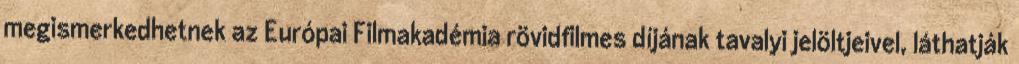
megismerkedhetnek az Európai Filmakadémia rövidfilmes díjának tavalyi jelöltjeivel, láthatják